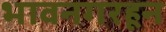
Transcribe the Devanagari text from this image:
भावनगरहून